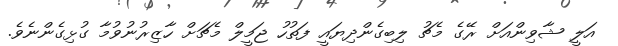
އަލީ ޝާވިންއަށް ރޭގެ މެޗު ލިބިގެންދިޔައީ ފަތުހު ޖަމީލް މެޗަށް ހާޒިރުނުވުމާ ގުޅިގެންނެވެ.